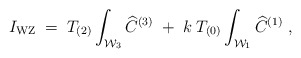
\begin{align*}I_{\rm WZ}\; =\; T_{(2)} \int_{{\cal W}_{3}}{\widehat C}^{(3)}\; +\; k\; T_{(0)}\int_{{\cal W}_{1}} {\widehat C}^{(1)} \ ,\end{align*}